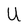
Character: U